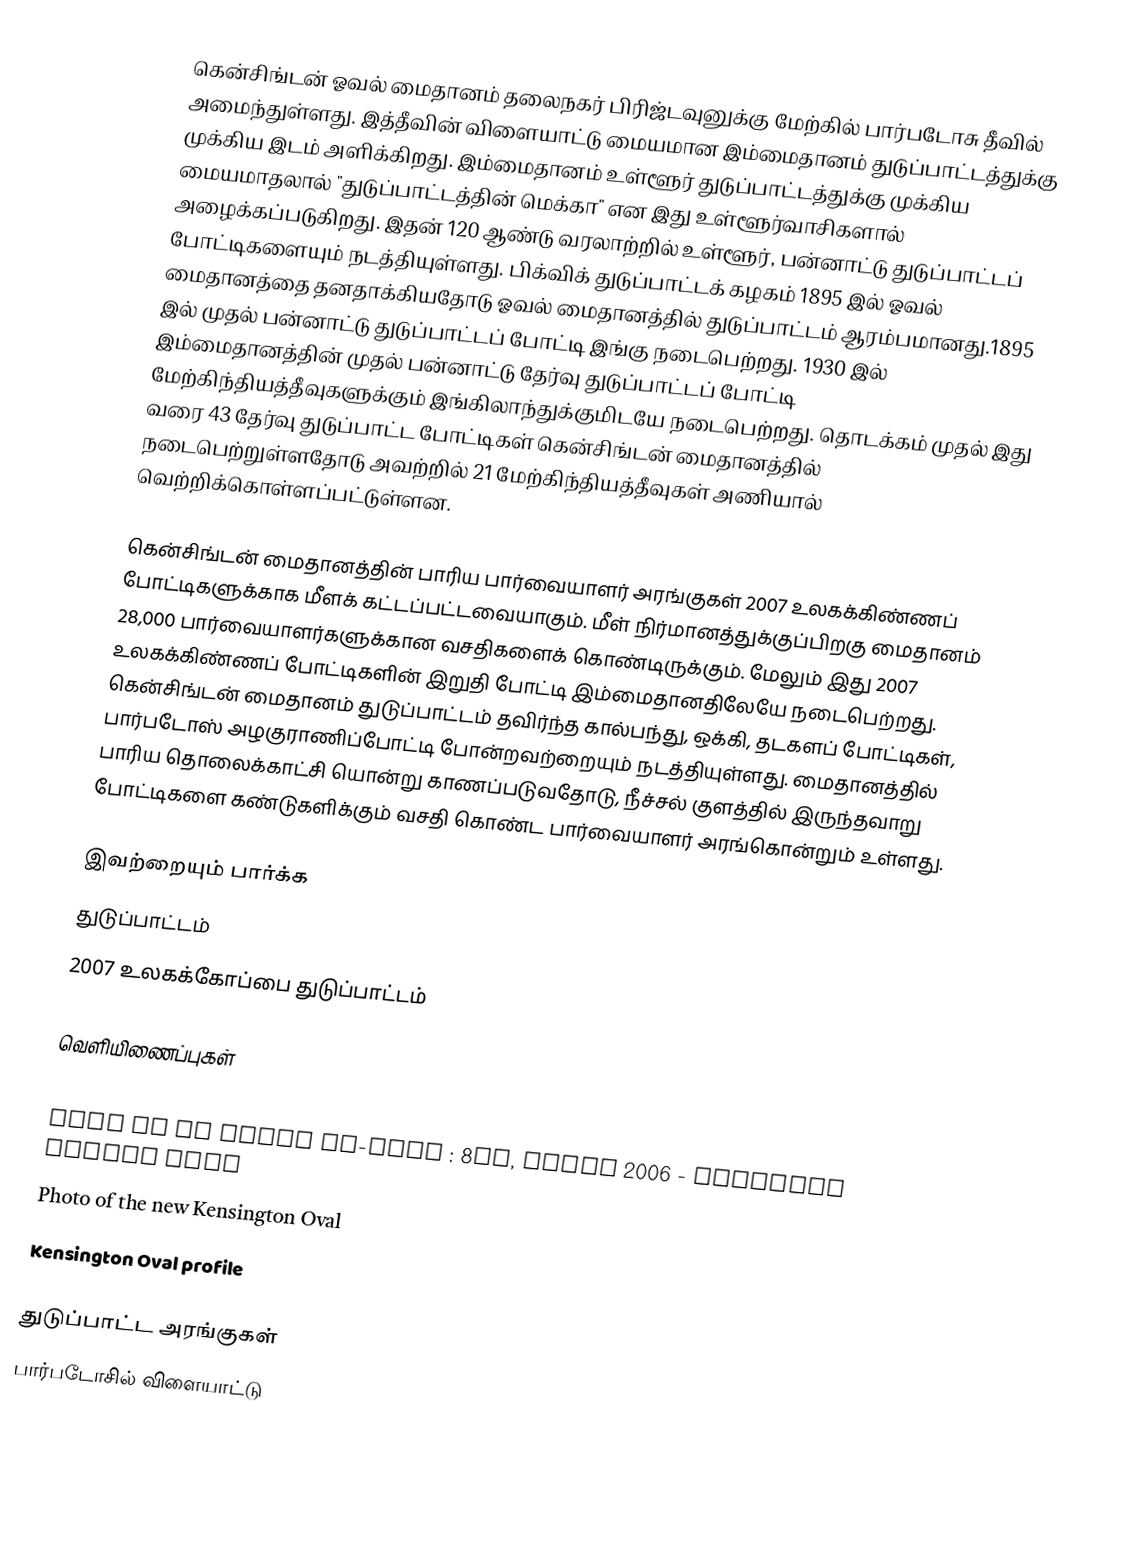
கென்சிங்டன் ஓவல் மைதானம் தலைநகர் பிரிஜ்டவுனுக்கு மேற்கில் பார்படோசு தீவில் அமைந்துள்ளது. இத்தீவின் விளையாட்டு மையமான இம்மைதானம் துடுப்பாட்டத்துக்கு முக்கிய இடம் அளிக்கிறது. இம்மைதானம் உள்ளூர் துடுப்பாட்டத்துக்கு முக்கிய மையமாதலால் "துடுப்பாட்டத்தின் மெக்கா" என இது உள்ளூர்வாசிகளால் அழைக்கப்படுகிறது. இதன் 120 ஆண்டு வரலாற்றில் உள்ளூர், பன்னாட்டு துடுப்பாட்டப் போட்டிகளையும் நடத்தியுள்ளது. பிக்விக் துடுப்பாட்டக் கழகம் 1895 இல் ஓவல் மைதானத்தை தனதாக்கியதோடு ஓவல் மைதானத்தில் துடுப்பாட்டம் ஆரம்பமானது.1895 இல் முதல் பன்னாட்டு துடுப்பாட்டப் போட்டி இங்கு நடைபெற்றது. 1930 இல் இம்மைதானத்தின் முதல் பன்னாட்டு தேர்வு துடுப்பாட்டப் போட்டி மேற்கிந்தியத்தீவுகளுக்கும் இங்கிலாந்துக்குமிடயே நடைபெற்றது. தொடக்கம் முதல் இது வரை 43 தேர்வு துடுப்பாட்ட போட்டிகள் கென்சிங்டன் மைதானத்தில் நடைபெற்றுள்ளதோடு அவற்றில் 21 மேற்கிந்தியத்தீவுகள் அணியால் வெற்றிக்கொள்ளப்பட்டுள்ளன.

கென்சிங்டன் மைதானத்தின் பாரிய பார்வையாளர் அரங்குகள் 2007 உலகக்கிண்ணப் போட்டிகளுக்காக மீளக் கட்டப்பட்டவையாகும். மீள் நிர்மானத்துக்குப்பிறகு மைதானம் 28,000 பார்வையாளர்களுக்கான வசதிகளைக் கொண்டிருக்கும். மேலும் இது 2007 உலகக்கிண்ணப் போட்டிகளின் இறுதி போட்டி இம்மைதானதிலேயே நடைபெற்றது. கென்சிங்டன் மைதானம் துடுப்பாட்டம் தவிர்ந்த கால்பந்து, ஒக்கி, தடகளப் போட்டிகள், பார்படோஸ் அழகுராணிப்போட்டி போன்றவற்றையும் நடத்தியுள்ளது. மைதானத்தில் பாரிய தொலைக்காட்சி யொன்று காணப்படுவதோடு, நீச்சல் குளத்தில் இருந்தவாறு போட்டிகளை கண்டுகளிக்கும் வசதி கொண்ட பார்வையாளர் அரங்கொன்றும் உள்ளது.

இவற்றையும் பார்க்க
துடுப்பாட்டம்
2007 உலகக்கோப்பை துடுப்பாட்டம்

வெளியிணைப்புகள்
Kensington stands renamed : 9th, November 2006 - CBC Barbados
Oval to be fully hi-tech : 8th, March 2006 - Barbados Nation News
Photo of the new Kensington Oval
Kensington Oval profile

துடுப்பாட்ட அரங்குகள்
பார்படோசில் விளையாட்டு